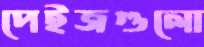
পেইজগুলো